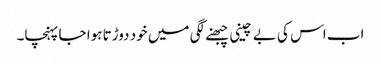
اب اس کی بے چینی چبھنے لگی میں خود دوڑتا ہوا جا پہنچا۔